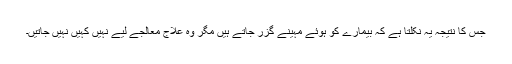
جس کا نتیجہ یہ نکلتا ہے کہ بیمارے کو ہوئے مہینے گزر جاتے ہیں مگر وہ علاج معالجے لیے نہیں کہیں نہیں جاتیں۔